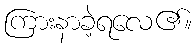
ကြားနာခဲ့ရလေ၏။